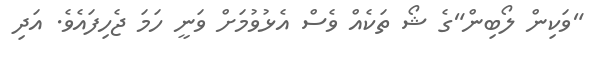
"ވަކިން ލޯބިން"ގެ ޝޯ ތަކެއް ވެސް އެޅުވުމަށް ވަނީ ހަމަ ޖެހިފައެވެ. އަދި